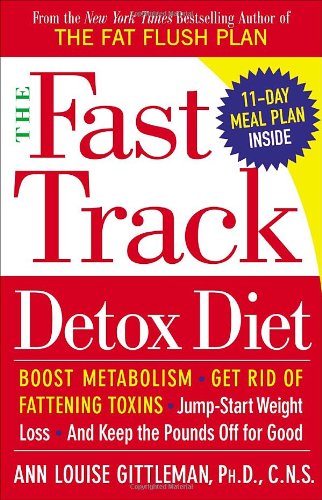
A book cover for The Fast Track Detox Diet: Boost metabolism, get rid of fattening toxins, jump-start weight loss and keep the pounds off for good; Ann Louise Gittleman; Health, Fitness & Dieting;